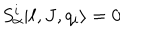
LaTeX: S _ { \alpha } ^ { i } | \ell , J , q _ { i } \rangle = 0